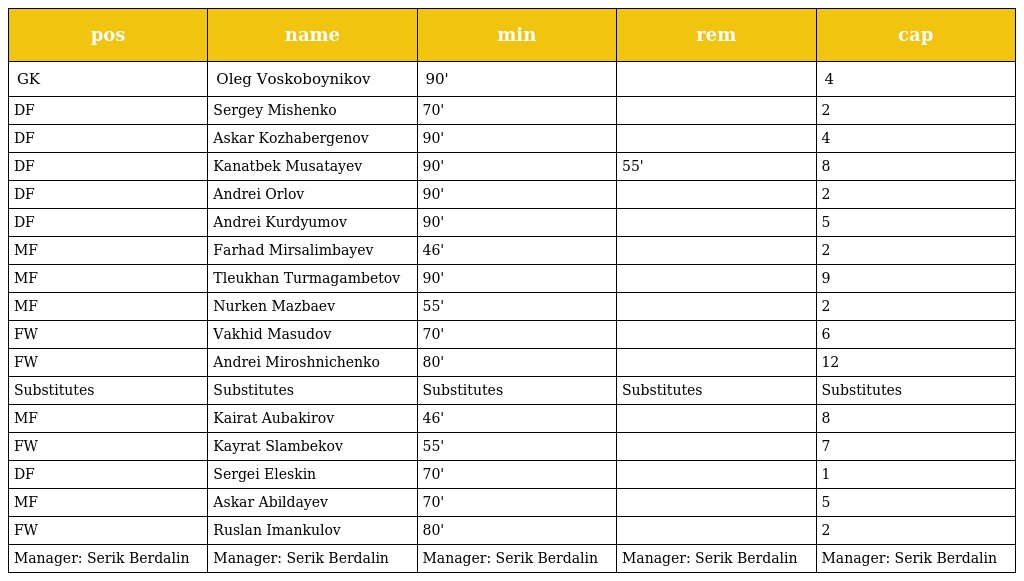
| pos | name | min | rem | cap |
 | --- | --- | --- | --- | --- |
 | GK | Oleg Voskoboynikov | 90' |  | 4 |
 | DF | Sergey Mishenko | 70' |  | 2 |
 | DF | Askar Kozhabergenov | 90' |  | 4 |
 | DF | Kanatbek Musatayev | 90' | 55' | 8 |
 | DF | Andrei Orlov | 90' |  | 2 |
 | DF | Andrei Kurdyumov | 90' |  | 5 |
 | MF | Farhad Mirsalimbayev | 46' |  | 2 |
 | MF | Tleukhan Turmagambetov | 90' |  | 9 |
 | MF | Nurken Mazbaev | 55' |  | 2 |
 | FW | Vakhid Masudov | 70' |  | 6 |
 | FW | Andrei Miroshnichenko | 80' |  | 12 |
 | Substitutes | Substitutes | Substitutes | Substitutes | Substitutes |
 | MF | Kairat Aubakirov | 46' |  | 8 |
 | FW | Kayrat Slambekov | 55' |  | 7 |
 | DF | Sergei Eleskin | 70' |  | 1 |
 | MF | Askar Abildayev | 70' |  | 5 |
 | FW | Ruslan Imankulov | 80' |  | 2 |
 | Manager: Serik Berdalin | Manager: Serik Berdalin | Manager: Serik Berdalin | Manager: Serik Berdalin | Manager: Serik Berdalin |